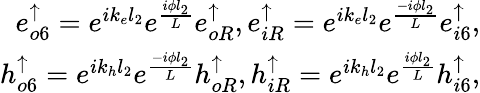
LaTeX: \begin{array}{r}{e_{o6}^{\uparrow}=e^{ik_{e}l_{2}}e^{\frac{i\phi l_{2}}{L}}e_{oR}^{\uparrow},e_{iR}^{\uparrow}=e^{ik_{e}l_{2}}e^{\frac{-i\phi l_{2}}{L}}e_{i6}^{\uparrow},}\\ {h_{o6}^{\uparrow}=e^{ik_{h}l_{2}}e^{\frac{-i\phi l_{2}}{L}}h_{oR}^{\uparrow},h_{iR}^{\uparrow}=e^{ik_{h}l_{2}}e^{\frac{i\phi l_{2}}{L}}h_{i6}^{\uparrow},}\end{array}